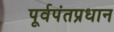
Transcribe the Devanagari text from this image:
पूर्वपंतप्रधान